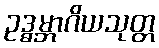
ဥဒ္ဓမ္ဘာဂိယသုတ္တ